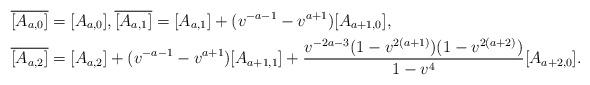
LaTeX: \begin{align*}\overline{[A_{a,0}]} &= [A_{a,0}], \overline{[A_{a,1}]} = [A_{a,1}] +(v^{-a-1} -v^{a+1}) [A_{a+1,0}], \\\overline{[A_{a,2}]} &= [A_{a,2}] +(v^{-a-1} -v^{a+1}) [A_{a+1,1}]+ \frac{v^{-2a-3}(1 -v^{2(a+1)})( 1- v^{2(a+2)})}{1- v^4} [A_{a+2,0}].\end{align*}